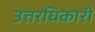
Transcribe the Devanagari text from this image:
उत्तरघिकारी